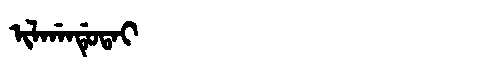
Manchu: ᡳᠯᡤᠠᠨᡩᡠᡨᠠᡳ
Romanization: ILGANDUTAI